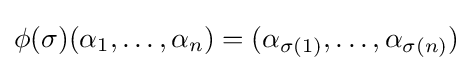
\phi (\sigma )(\alpha _{1},\dots ,\alpha _{n})=(\alpha _{\sigma (1)},\dots ,\alpha _{\sigma (n)})